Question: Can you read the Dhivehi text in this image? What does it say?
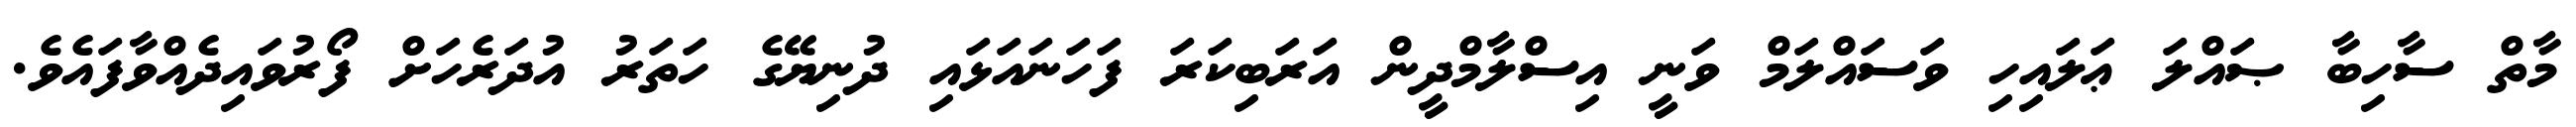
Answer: މާތް ސާހިބާ ޞައްލަ ޢަލައިހި ވަސައްލަމް ވަނީ އިސްލާމްދީން އަރަބިކަރަ ފަހަނައަޅައި ދުނިޔޭގެ ހަތަރު އުދަރެހަށް ފޯރުވައިދެއްވާފައެވެ.